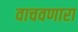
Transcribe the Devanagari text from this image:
वाचवणारा